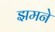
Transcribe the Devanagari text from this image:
झमने